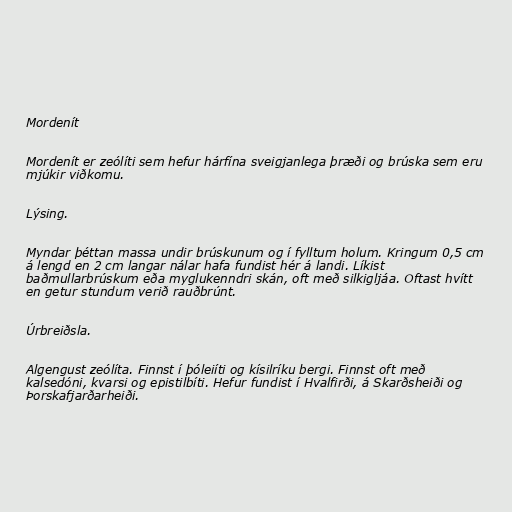
Mordenít

Mordenít er zeólíti sem hefur hárfína sveigjanlega þræði og brúska sem eru
mjúkir viðkomu.

Lýsing.

Myndar þéttan massa undir brúskunum og í fylltum holum. Kringum 0,5 cm
á lengd en 2 cm langar nálar hafa fundist hér á landi. Líkist
baðmullarbrúskum eða myglukenndri skán, oft með silkigljáa. Oftast hvítt
en getur stundum verið rauðbrúnt.

Úrbreiðsla.

Algengust zeólíta. Finnst í þóleiíti og kísilríku bergi. Finnst oft með
kalsedóni, kvarsi og epistilbíti. Hefur fundist í Hvalfirði, á Skarðsheiði og
Þorskafjarðarheiði.